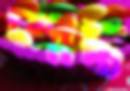
শান্ত